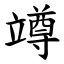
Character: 竴